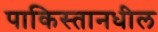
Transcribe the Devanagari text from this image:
पाकिस्तानधील